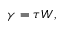
\gamma = \tau W ,